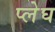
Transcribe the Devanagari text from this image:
प्लेघ